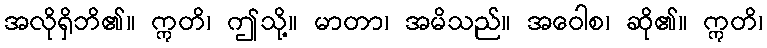
အလိုရှိဘိ၏။ ဣတိ၊ ဤသို့။ မာတာ၊ အမိသည်။ အဝေါစ၊ ဆို၏။ ဣတိ၊